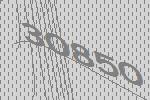
30850